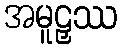
အမူဠှဿ